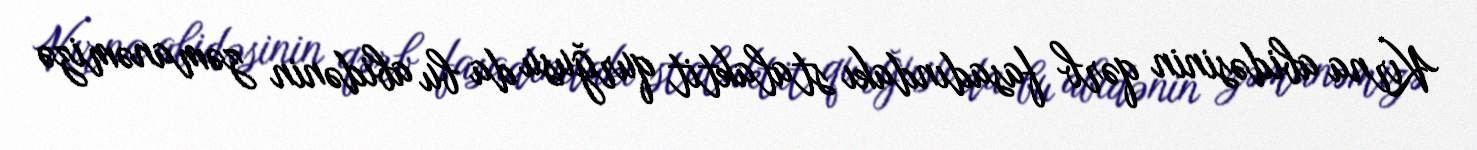
Kırna abidəsinin qərb fasadındakı stalaktit qurğusu da bu abidənin zəmanəmizə